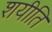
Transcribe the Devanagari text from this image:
शयीति